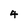
Character: 4